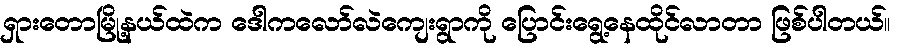
ရှားတောမြို့နယ်ထဲက ဒေါကလော်လဲကျေးရွာကို ပြောင်းရွေ့နေထိုင်လာတာ ဖြစ်ပါတယ်။